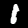
Label: 1